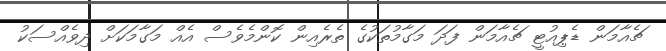
ޗެއާމަން ޑެޕިއުޓީ ޗެއާމަން ފަދަ މަގާމުތަކުގެ ތެރެއިން ކޮންމެވެސް އެއް މަގާމަކަށް ދިވެއްސަކު